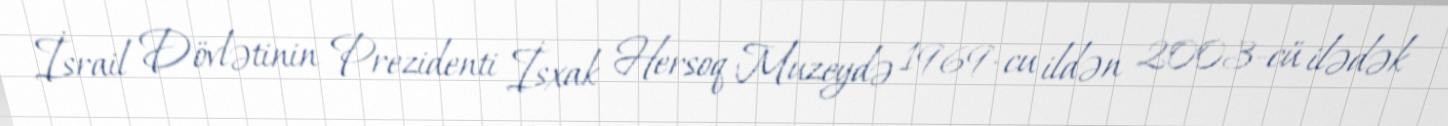
İsrail Dövlətinin Prezidenti İsxak Hersoq Muzeydə 1969-cu ildən 2003-cü ilədək